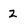
Character: 2